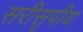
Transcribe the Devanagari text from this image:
सरीसृपीय